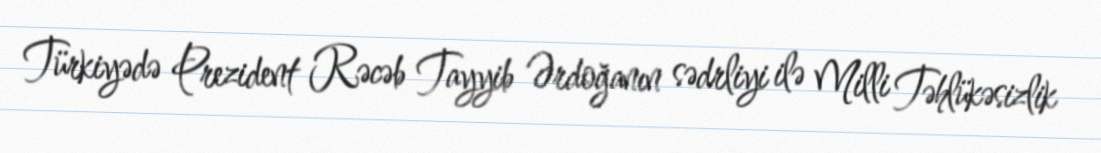
Türkiyədə Prezident Rəcəb Tayyib Ərdoğanın sədrliyi ilə Milli Təhlükəsizlik